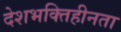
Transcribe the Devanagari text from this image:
देशभक्तिहीनता